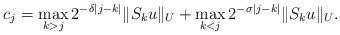
LaTeX: \begin{align*}c_j = \max_{k > j} 2^{-\delta |j-k|} \|S_k u\|_{U} + \max_{k < j} 2^{-\sigma |j-k|} \|S_k u\|_{U} .\end{align*}